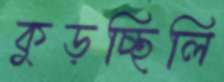
কুড়চ্ছিলি